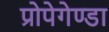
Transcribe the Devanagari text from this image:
प्रोपेगेण्डा